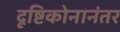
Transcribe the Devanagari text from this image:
दृष्टिकोनानंतर